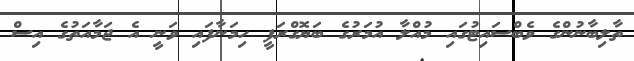
ތާލިބާނުންގެ ވެބްސައިޓުގައި މުއްލާ އުމަރުގެ ބަޔޮގްރަފީ ހިމަނާފައި ވަނީ އެ ޖަމާއަތުގެ އިސް